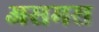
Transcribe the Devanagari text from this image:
असमस